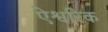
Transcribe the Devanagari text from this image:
ऐश्वरिक